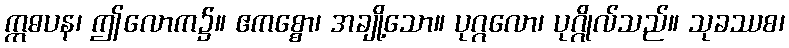
ဣဓပန၊ ဤလောက၌။ ဧကစ္စော၊ အချို့သော။ ပုဂ္ဂလော၊ ပုဂ္ဂိုလ်သည်။ သုခဿစ၊